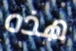
هذه